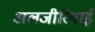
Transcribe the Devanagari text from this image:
अलजीरियाई